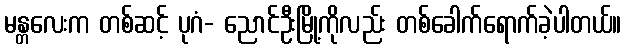
မန္တလေးက တစ်ဆင့် ပုဂံ- ညောင်ဦးမြို့ကိုလည်း တစ်ခေါက်ရောက်ခဲ့ပါတယ်။